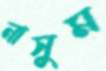
নাসুম